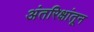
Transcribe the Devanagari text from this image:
अंतरिक्षांतून